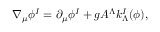
\nabla _ { \mu } \phi ^ { I } = \partial _ { \mu } \phi ^ { I } + g { \cal A } ^ { \Lambda } k _ { \Lambda } ^ { I } ( \phi ) ,